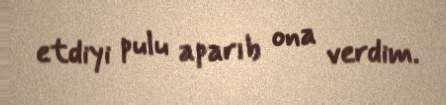
etdiyi pulu aparıb ona verdim.